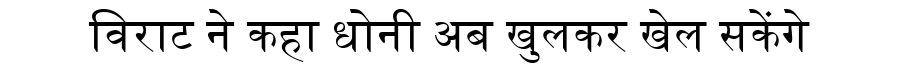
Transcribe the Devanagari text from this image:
विराट ने कहा धोनी अब खुलकर खेल सकेंगे